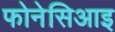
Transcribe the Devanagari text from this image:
फोनेसिआइ